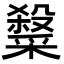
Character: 𭯂